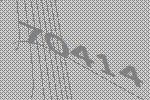
70414